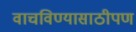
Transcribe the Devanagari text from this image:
वाचविण्यासाठीपण